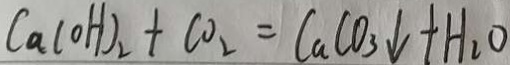
C a ( O H ) _ { 2 } + C O _ { 2 } = C a C O _ { 3 } \downarrow + H _ { 2 } O